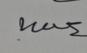
Signature authenticity: genuine